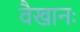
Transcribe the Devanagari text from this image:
वैखानः